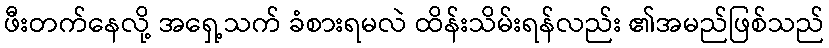
ဖီးတက်နေလို့ အရှေ့သက် ခံစားရမလဲ ထိန်းသိမ်းရန်လည်း ၏အမည်ဖြစ်သည်